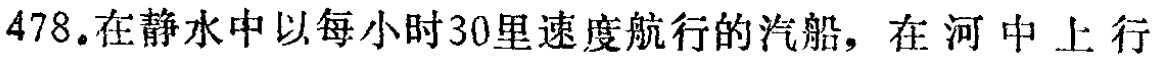
478.在静水中以每小时30里速度航行的汽船，在河中上行